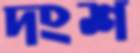
দংশ